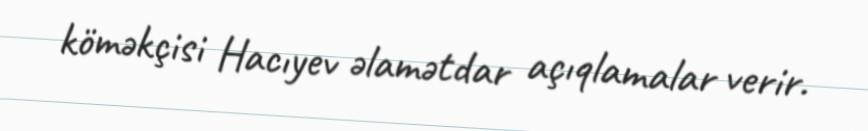
köməkçisi Hacıyev əlamətdar açıqlamalar verir.